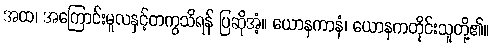
အထ၊ အကြောင်းမူလနှင့်တကွသိရန် ပြဆိုအံ့။ ယောနကာနံ၊ ယောနကတိုင်းသူတို့၏။